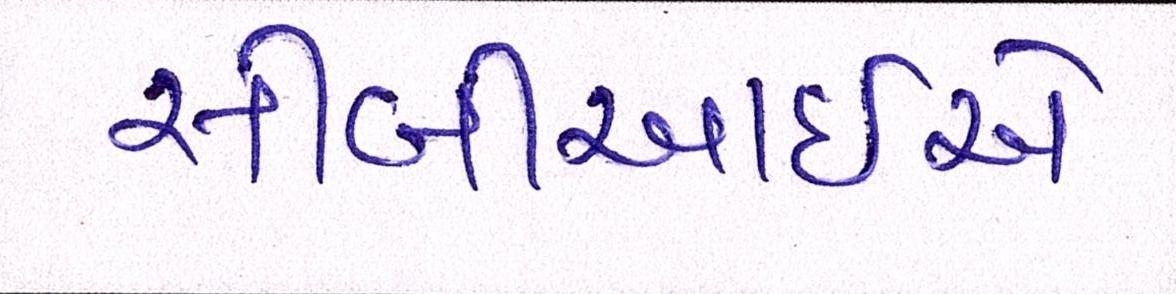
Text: સીબીઆઇએ